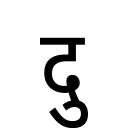
OCR:
दु